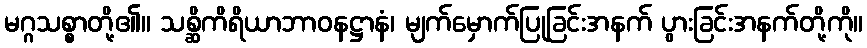
မဂ္ဂသစ္စာတို့၏။ သစ္ဆိကိရိယာဘာဝနဋ္ဌာနံ၊ မျက်မှောက်ပြုခြင်းအနက် ပွားခြင်းအနက်တို့ကို။